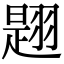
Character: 𦑡